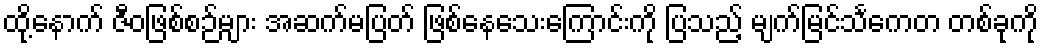
ထို့နောက် ဇီဝဖြစ်စဉ်များ အဆက်မပြတ် ဖြစ်နေသေးကြောင်းကို ပြသည့် မျက်မြင်သင်္ကေတ တစ်ခုကို